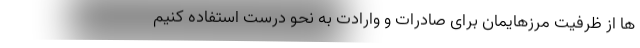
ها از ظرفیت مرزهایمان برای صادرات و وارادت به نحو درست استفاده کنیم